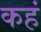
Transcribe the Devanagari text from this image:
कहं